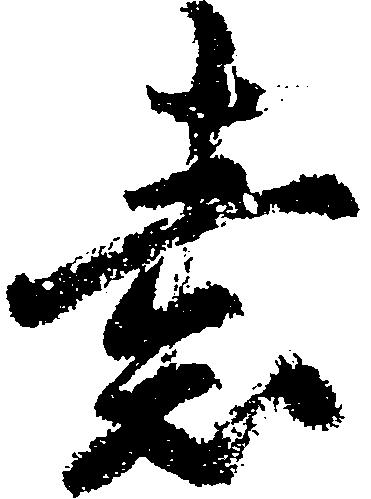
素